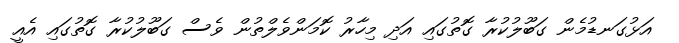
އަޅުގަނޑުމެން ގަބޫލުކުރާ ގޮތުގައި އަދި މިހާރު ކޮމަންވެލްތުން ވެސް ގަބޫލުކުރާ ގޮތުގައި އެއީ